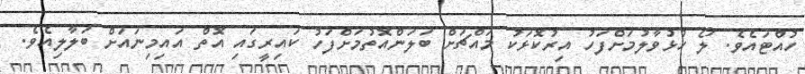
ހުއްޓައެވެ. ލޯ ހުޅުވާލުމަށްފަހު އިރުކޮޅަކު މައްޗަށް ބަލަންއޮތުމަށްފަހު ކައިރީގައި އޮތް އައިމިނައަށް ބަލާލިއެވެ.